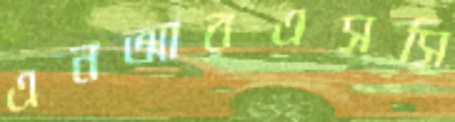
এনআরএসসি